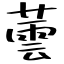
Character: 蕓